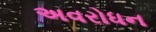
અવરોધન